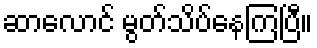
ဆာလောင် မွတ်သိပ်နေကြပြီ။